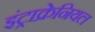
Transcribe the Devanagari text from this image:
इंट्राक्रेनियल